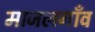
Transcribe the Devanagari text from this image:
माजलगाँव